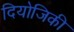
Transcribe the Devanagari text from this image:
दियोजिकी